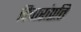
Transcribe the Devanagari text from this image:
विचारांप्रति